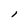
Character: l